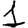
Digit: 1